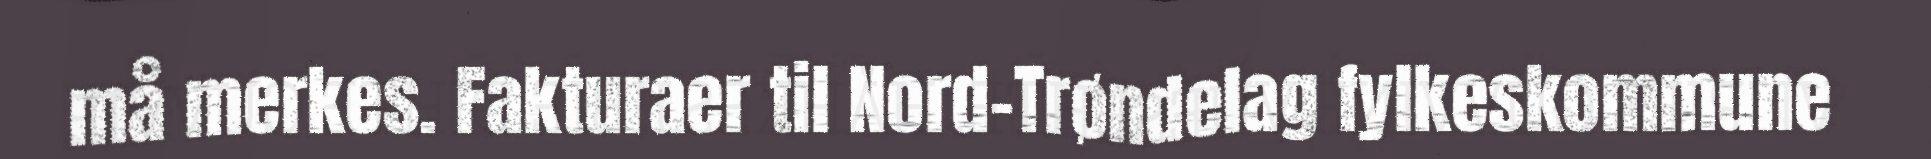
må merkes. Fakturaer til Nord-Trøndelag fylkeskommune